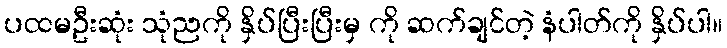
ပထမဦးဆုံး သုံညကို နှိပ်ပြီးပြီးမှ ကို ဆက်ချင်တဲ့ နံပါတ်ကို နှိပ်ပါ။